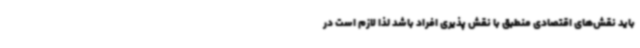
باید نقش‌های اقتصادی منطبق با نقش پذیری افراد باشد لذا لازم است در